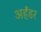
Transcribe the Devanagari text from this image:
अर्हंडर